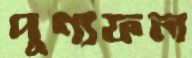
পুণ্যফল